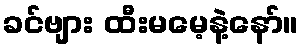
ခင်ဗျား ထီးမမေ့နဲ့နော်။